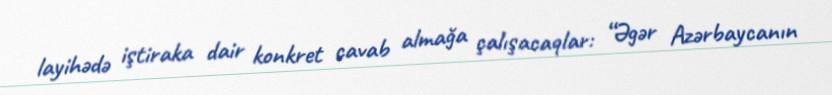
layihədə iştiraka dair konkret cavab almağa çalışacaqlar: “Əgər Azərbaycanın